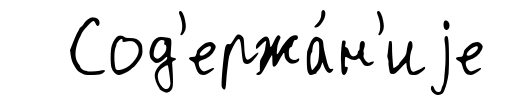
Сод'ержа́н'иjе